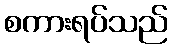
စကားရပ်သည်